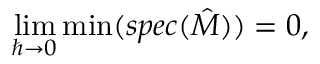
\operatorname* { l i m } _ { \hbar \to 0 } \operatorname* { m i n } ( s p e c ( { \hat { M } } ) ) = 0 ,